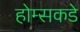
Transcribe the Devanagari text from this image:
होम्सकडे